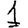
Digit: 1